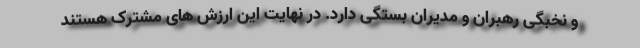
و نخبگی رهبران و مدیران بستگی دارد. در نهایت این ارزش های مشترک هستند